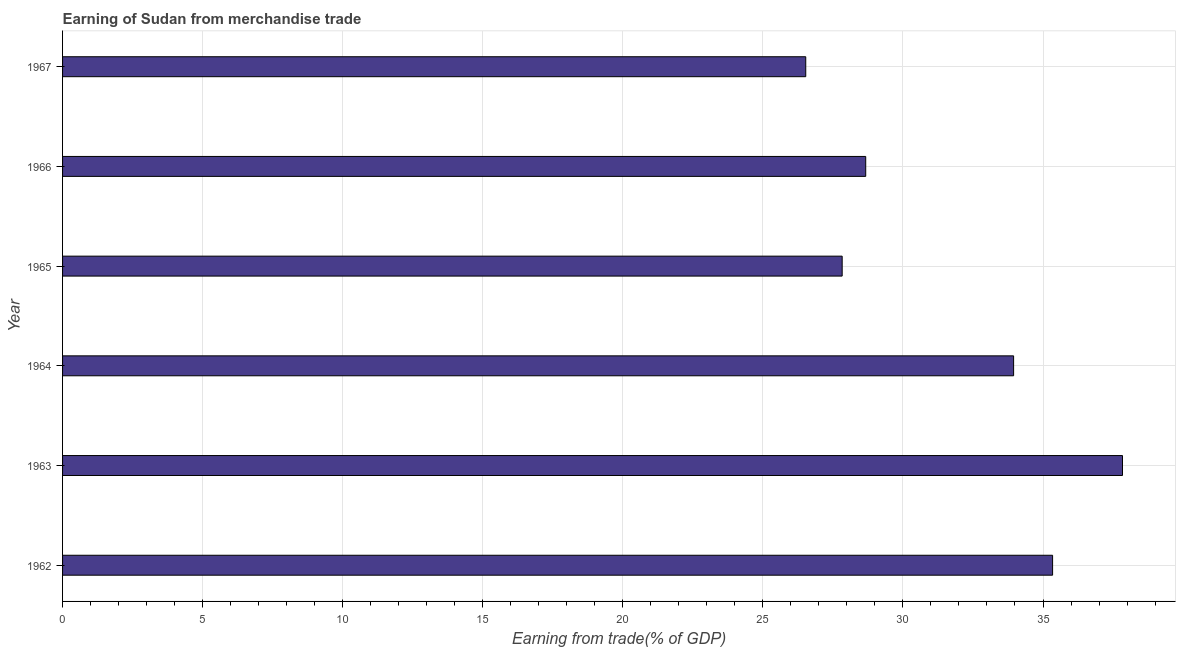
| Year | Merchandise trade |
 | --- | --- |
 | 1962 | 35.3 |
 | 1963 | 37.8 |
 | 1964 | 34 |
 | 1965 | 27.8 |
 | 1966 | 28.7 |
 | 1967 | 26.5 |